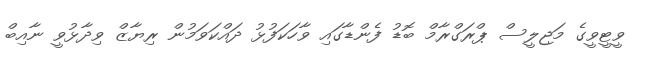
ވީޓީވީގެ މަޖިލީސް ޕްރަގްރާމް ބޮޑު ފެންޑާގައި ވާހަކަފުޅު ދައްކަވަމުން ރިޔާޒް ވިދާޅުވީ ނާއިބް